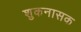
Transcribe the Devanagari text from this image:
शुकनासक